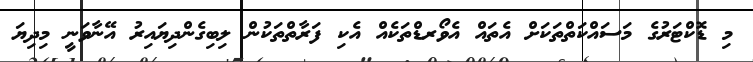
މި ޑޮކްޓަރުގެ މަސައްކަތްތަކަށް އެތައް އެވޯރޑްތަކެއް އެކި ފަރާތްތަކުން ލިބިގެންދިޔައިރު އޭނާވަނީ މިދިޔަ